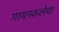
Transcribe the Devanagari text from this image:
गायनकलेचा